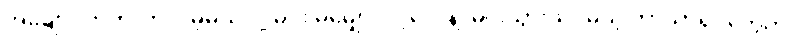
အချောင်တတ်လာလိမ့်မယ်လို့ မင်း မမျှော်လင့်လေနဲ့၊ မင်းသွားသင်မယ့် ဘာသာရပ်တွေက